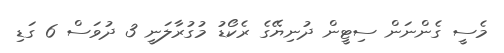
މެސީ ގެންނަން ސިޓީން ދުނިޔޭގެ ރެކޯޑު މުގުރާލަނީ 3 ދުވަސް 6 ގަޑި